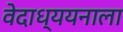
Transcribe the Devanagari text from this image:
वेदाध्ययनाला